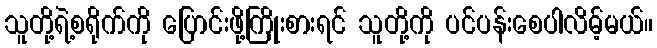
သူတို့ရဲ့စရိုက်ကို ပြောင်းဖို့ကြိုးစားရင် သူတို့ကို ပင်ပန်းစေပါလိမ့်မယ်။